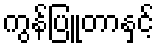
ကွန်ပြူတာနှင့်